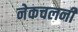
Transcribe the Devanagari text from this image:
नेकचलनी